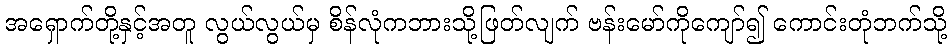
အရှောက်တို့နှင့်အတူ လွယ်လွယ်မှ စိန်လုံကဘားသို့ဖြတ်လျက် ဗန်းမော်ကိုကျော်၍ ကောင်းတုံဘက်သို့